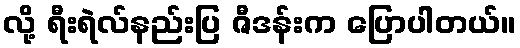
လို့ ရီးရဲလ်နည်းပြ ဇီဒန်းက ပြောပါတယ်။